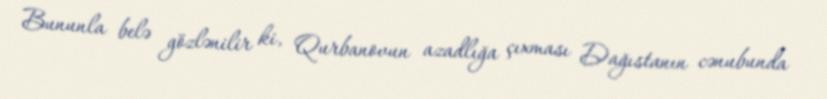
Bununla belə gözlənilir ki, Qurbanovun azadlığa çıxması Dağıstanın cənubunda